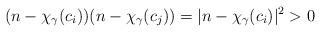
LaTeX: \begin{align*}(n-\chi_{\gamma}(c_i))(n-\chi_{\gamma}(c_j))=|n-\chi_{\gamma}(c_i)|^2 >0 \end{align*}